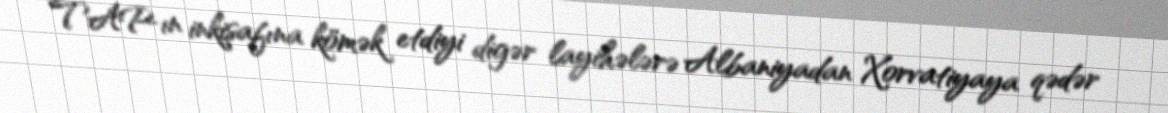
TAP-ın inkişafına kömək etdiyi digər layihələrə Albaniyadan Xorvatiyaya qədər